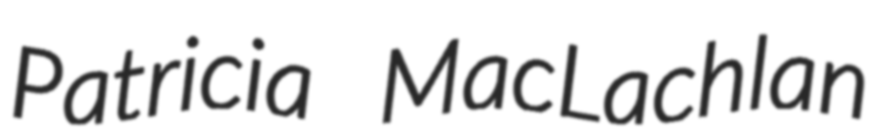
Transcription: Patricia MacLachlan